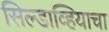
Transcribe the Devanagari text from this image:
सिल्डाव्हियाचा